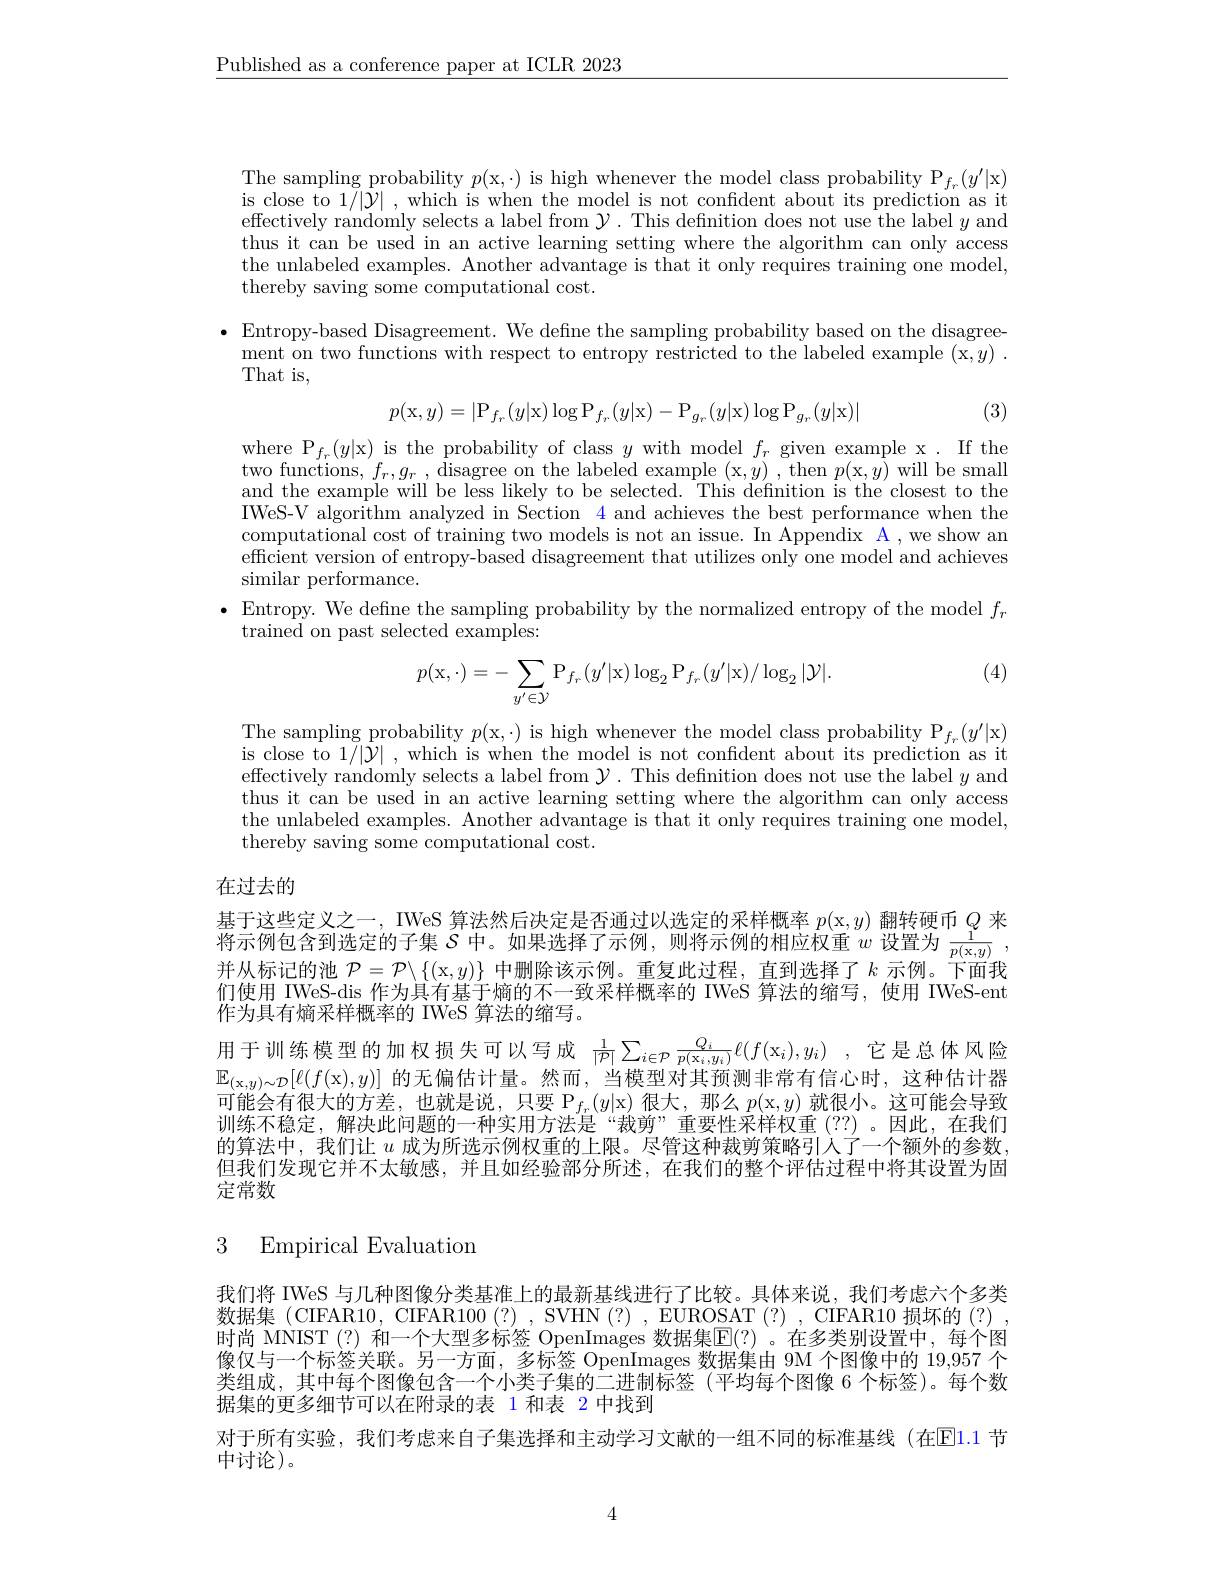
$\underline{\text{Published as a conference paper at ICLR 2023}}$

The sampling probability $p($x,·) is high whenever the model class probability P$_f_r(y^{\prime}|$x is close to $1/|\bar{\mathcal{Y}}|$,which is when the model is not confident about its prediction as it effectively randomly selects a label from $\mathcal{Y}.$ This defnition does not use the label $y$ and thus it can be used in an active learning setting where the algorithm can only access the unlabeled examples. Another advantage is that it only requires training one model, thereby saving some computational cost.

$\bullet$ Entropy-based Disagreement. We define the sampling probability based on the disagree- $\begin{array}{c}\mathrm{ment~on~two~functions~with~respect~to~entropy~restricted~to~the~labeled~example~(x,y)~.}\\\end{array}$ That is,

(3)
$$p(\mathrm x,y)=|\mathrm P_{f_r}(y|\mathrm x)\log\mathrm P_{f_r}(y|\mathrm x)-\mathrm P_{g_r}(y|\mathrm x)\log\mathrm P_{g_r}(y|\mathrm x)|$$
where P$_f_r(y|$x) is the probability of class $y$ with model $f_r$ given example x. If the two functions, $f_r,g_r$, disagree on the labeled example (x,y) , then $p($x,$y)$ will be small and the example will be less likely to be selected. This definition is the closest to the IWeS-V algorithm analyzed in Section 4 and achieves the best performance when the computational cost of training two models is not an issue. In Appendix A , we show an efficient version of entropy-based disagreement that utilizes only one model and achieves similar performance.
$\bullet$ Entropy. We defne the sampling probability by the normalized entropy of the model $f_r$
trained on past selected examples:

(4)
$$p(\mathrm x,\cdot)=-\sum_{y'\in\mathcal Y}\mathrm P_{f_r}(y'|\mathrm x)\log_2\mathrm P_{f_r}(y'|\mathrm x)/\log_2|\mathcal Y|.$$
The sampling probability $p($x,·) is high whenever the model class probability P$_f_r(y^{\prime}|$x) is close to $1/|\hat{\mathcal{Y}}|$,which is when the model is not confident about its prediction as it effectively randomly selects a label from $\mathcal{Y}.$ This defnition does not use the label $y$ and thus it can be used in an active learning setting where the algorithm can only access the unlabeled examples. Another advantage is that it only requires training one model, thereby saving some computational cost.

## 在过去的

$\begin{array}{l}\text{基于这些定义之一，IWeS 算法然后决定是否通过以选定的采样概率 }p(\mathrm{x},y)\\\text{将示例包含到选定的子集 }S\text{ 中。如果选择了示例，则将示例的相应权重 }w\text{ 设置为 }\frac1{p(\mathrm{x},y)},\end{array}$ 并从标记的池$\mathcal{P}=\mathcal{P}\backslash\{($x$,y)\}$中删除该示例。重复此过程，直到选择了$k$示例。下面我们使用 IWeS-dis 作为具有基于熵的不一致采样概率的 IWeS 算法的缩写，使用 IWeS-ent 作为具有熵采样概率的 IWeS 算法的缩写。
用于训练模型的加权损失可以写成$\frac 1{| \mathcal{P} | }\sum _{i\in \mathcal{P} }\frac {Q_i}{p( \mathrm{x} _i, y_i) }\ell ( f( \mathrm{x} _i) , y_i)$ ,它是总体风险$\mathbb{E}_{(\mathrm{x},y)\sim\mathcal{D}}[\ell(f($x$),y)]$的无偏估计量。然而，当模型对其预测非常有信心时，这种估计器可能会有很大的方差，也就是说，只要$\mathcal{P}_f_r(y|\mathrm{x})$很大，那么$p($x$, y)$就很小。这可能会导致训练不稳定，解决此问题的一种实用方法是“裁剪”重要性采样权重(??)。因此，在我们的算法中，我们让$u$成为所选示例权重的上限。尽管这种裁剪策略引入了一个额外的参数， 但我们发现它并不太敏感，并且如经验部分所述，在我们的整个评估过程中将其设置为固定常数

### 3 Empirical Evaluation

我们将 IWeS 与几种图像分类基准上的最新基线进行了比较。具体来说，我们考虑六个多类数据集 (CIFAR10, CIFAR100(?), SVHN(?) , EUROSAT (?) , CIFAR10 损坏的(?) , 时尚 MNIST(?) 和一个大型多标签 OpenImages 数据集$\mathbb{E}(?)$ 。在多类别设置中，每个图像仅与一个标签关联。另一方面，多标签 OpenImages 数据集由 9M 个图像中的 19,957 个类组成，其中每个图像包含一个小类子集的二进制标签(平均每个图像 6 个标签)。每个数据集的更多细节可以在附录的表 1 和表 2 中找到
对于所有实验，我们考虑来自子集选择和主动学习文献的一组不同的标准基线(在El.1 节
中讨论)。

4